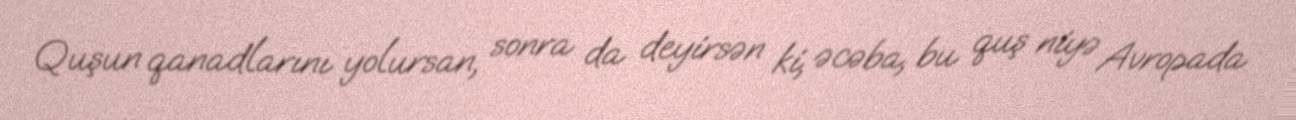
Quşun qanadlarını yolursan, sonra da deyirsən ki, əcəba, bu quş niyə Avropada